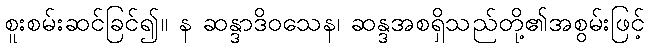
စူးစမ်းဆင်ခြင်၍။ န ဆန္ဒာဒိဝသေန၊ ဆန္ဒအစရှိသည်တို့၏အစွမ်းဖြင့်